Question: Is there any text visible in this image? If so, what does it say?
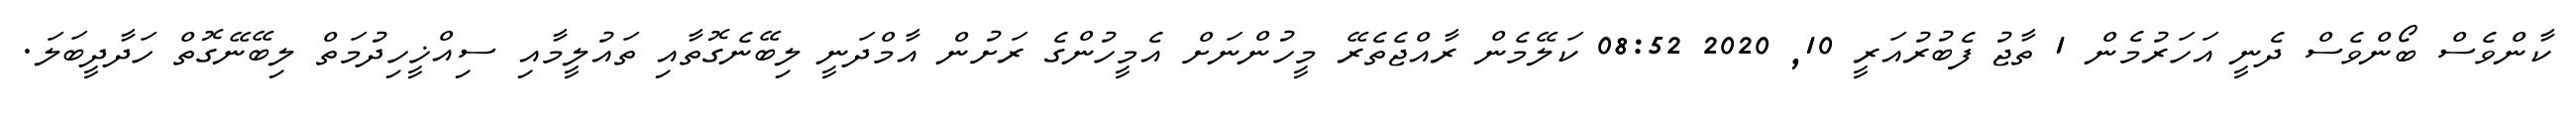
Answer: ކާންވެސް ބޯންވެސް ދެނީ އަހަރުމެން 1 ތާޖު ފެބުރުއަރީ 10, 2020 08:52 ކަލޭމެން ރާއްޖެތެރޭ މީހުންނަށް އެމީހުންގެ ރަށުން އާމްދަނީ ލިބޭނެގޮތާއި ތައުލީމާއި ސިއްޚީހިދުމަތް ލިބޭނޭގޮތް ހަދާދީބަލަ.